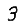
Digit: 3